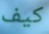
كيف